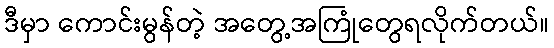
ဒီမှာ ကောင်းမွန်တဲ့ အတွေ့အကြုံတွေရလိုက်တယ်။